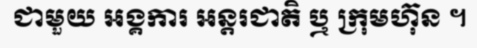
ជាមួយ អង្គការ អន្តរជាតិ ឬ ក្រុមហ៊ុន ។